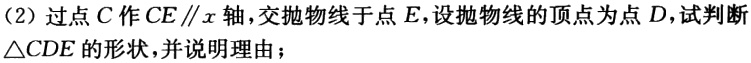
（2）过点\(C\)作\(CE\parallel x\)轴，交抛物线于点\(E\)，设抛物线的顶点为点\(D\)，试判断\(\triangle CDE\)的形状，并说明理由；